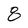
Character: 8